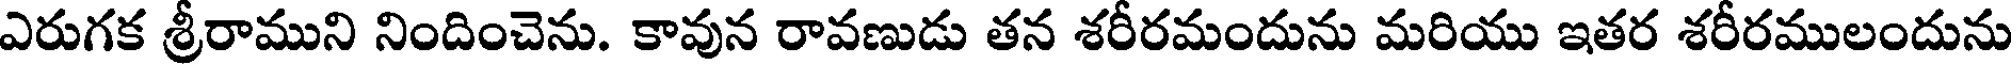
ఎరుగక శ్రీరాముని నిందించెను. కావున రావణుడు తన శరీరమందును మరియు ఇతర శరీరములందును